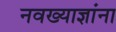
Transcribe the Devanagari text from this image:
नवख्याज्ञांना